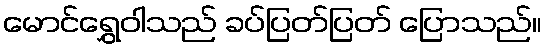
မောင်ရွှေဝါသည် ခပ်ပြတ်ပြတ် ပြောသည်။